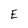
Character: E